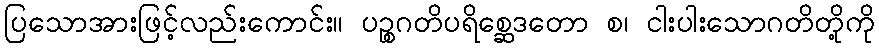
ပြသောအားဖြင့်လည်းကောင်း။ ပဉ္စဂတိပရိစ္ဆေဒတော စ၊ ငါးပါးသောဂတိတို့ကို